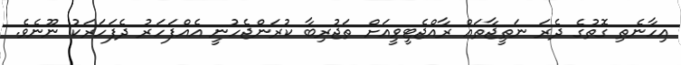
އިހާނެތި ގޮތުގެ ދެރަ ނަތީޖާތައް ރާއްޖެޓީވީއަށް ތަޖުރިބާ ކުރަންޖެހުނީ އެއްފަހަރު ދެފަހަރަކު ނޫނެވެ.